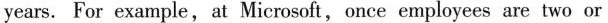
years. For example, at Microsoft,once employees are two or